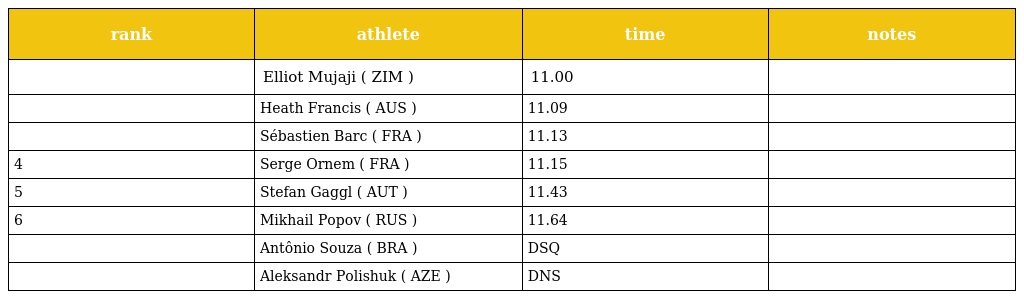
| rank | athlete | time | notes |
 | --- | --- | --- | --- |
 |  | Elliot Mujaji ( ZIM ) | 11.00 |  |
 |  | Heath Francis ( AUS ) | 11.09 |  |
 |  | Sébastien Barc ( FRA ) | 11.13 |  |
 | 4 | Serge Ornem ( FRA ) | 11.15 |  |
 | 5 | Stefan Gaggl ( AUT ) | 11.43 |  |
 | 6 | Mikhail Popov ( RUS ) | 11.64 |  |
 |  | Antônio Souza ( BRA ) | DSQ |  |
 |  | Aleksandr Polishuk ( AZE ) | DNS |  |